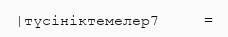
|түсініктемелер7     =